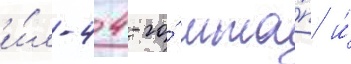
и́л-4 4-го́ мта́п и́